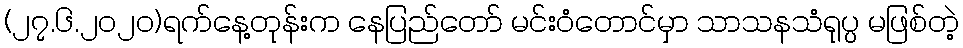
(၂၇.၆.၂၀၂၀)ရက်နေ့တုန်းက နေပြည်တော် မင်းဝံတောင်မှာ သာသနသံရုပ္ပ မဖြစ်တဲ့